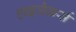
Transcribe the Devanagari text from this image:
हाइजैकर्स